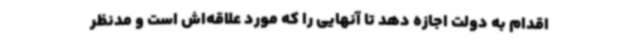
اقدام به دولت اجازه دهد تا آنهایی را که مورد علاقه‌اش است و مدنظر